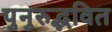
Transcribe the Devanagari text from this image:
पुनुरुद्भवित